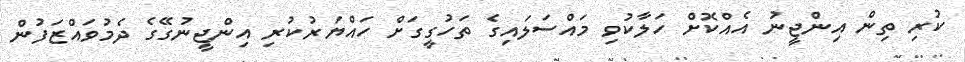
ކުރި ތިން އިންޖީނު އެއްކޮށް ހަލާކުވި މައްސަލައިގެ ތަހުގީގަށް ހައްޔަރުކުރި އިންޖީނުގޭގެ ދެމުވައްޒަފުން